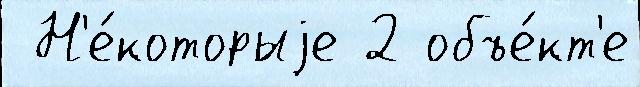
 Н'е́которыjе 2 объе́кт'е